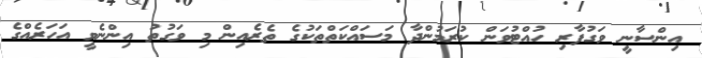
އިންސާނީ ވަގުފާރި ހުއްޓުވަން ކުރަމުންދާ މަސައްކަތްތަކުގެ ތެރެއިން މި ވަގުތު އިންނެވީ އަހަރެއްގެ